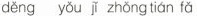
děng yǒu jǐ zhǒng tián fǎ